Report of the Indian Hemp Drugs Commission, 1894-1895 - Volume IV
Year: 1894
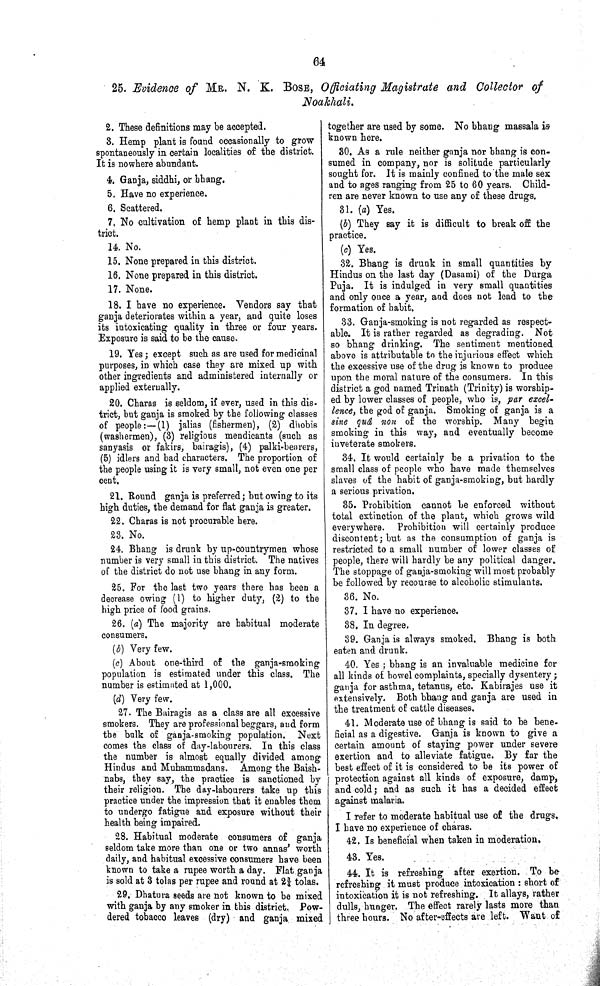
64
25. Evidence of MR. N. K. BOSE, Officiating Magistrate and Collector of
Noakhali.
2. These definitions may be accepted.
3. Hemp plant is found occasionally to grow
spontaneously in certain localities of the district.
It is nowhere abundant.
4. Ganja, siddhi, or bhang.
5. Have no experience.
6. Scattered.
7. No cultivation of hemp plant in this dis-
trict.
14. No.
15. None prepared in this district.
16. None prepared in this district.
17. None.
18. I have no experience. Vendors say that
ganja deteriorates within a year, and quite loses
its intoxicating quality in three or four years.
Exposure is said to be the cause.
19. Yes; except such as are used for medicinal
purposes, in which case they are mixed up with
other ingredients and administered internally or
applied externally.
20. Charas is seldom, if ever, used in this dis-
trict, but ganja is smoked by the following classes
of people:—(1) jalias (fishermen), (2) dhobis
(washermen), (3) religious mendicants (such as
sanyasis or fakirs, bairagis), (4) palki-bearers,
(5) idlers and bad characters. The proportion of
the people using it is very small, not even one per
cent.
21. Round ganja is preferred; but owing to its
high duties, the demand for flat ganja is greater.
22. Charas is not procurable here.
23. No.
24. Bhang is drunk by up-countrymen whose
number is very small in this district. The natives
of the district do not use bhang in any form.
25. For the last two years there has been a
decrease owing (1) to higher duty, (2) to the
high price of food grains.
26. (a) The majority are habitual moderate
consumers.
(b) Very few.
(c) About one-third of the ganja-smoking
population is estimated under this class. The
number is estimated at 1,000.
(d) Very few.
27. The Bairagis as a class are all excessive
smokers. They are professional beggars, and form
the bulk of ganja-smoking population. Next
comes the class of day-labourers. In this class
the number is almost equally divided among
Hindus and Muhammadans. Among the Baish-
nabs, they say, the practice is sanctioned by
their religion. The day-labourers take up this
practice under the impression that it enables them
to undergo fatigue and exposure without their
health being impaired.
28. Habitual moderate consumers of ganja
seldom take more than one or two annas' worth
daily, and habitual excessive consumers have been
known to take a rupee worth a day. Flat ganja
is sold at 3 tolas per rupee and round at 23/4 tolas.
29. Dhatura seeds are not known to be mixed
with ganja by any smoker in this district. Pow-
dered tobacco leaves (dry) and ganja mixed
together are used by some. No bhang massala is
known here.
30. As a rule neither ganja nor bhang is con-
sumed in company, nor is solitude particularly
sought for. It is mainly confined to the male sex
and to ages ranging from 25 to 60 years. Child-
ren are never known to use any of these drugs.
31. (a) Yes.
(b) They say it is difficult to break off the
practice.
(c) Yes.
32. Bhang is drunk in small quantities by
Hindus on the last day (Dasami) of the Durga
Puja. It is indulged in very small quantities
and only once a year, and does not lead to the
formation of habit.
33. Ganja-smoking is not regarded as respect-
able. It is rather regarded as degrading. Not
so bhang drinking. The sentiment mentioned
above is attributable to the injurious effect which
the excessive use of the drug is known to produce
upon the moral nature of the consumers. In this
district a god named Trinath (Trinity) is worship-
ed by lower classes of people, who is, par excel-
lence, the god of ganja. Smoking of ganja is a
sine quâ non of the worship. Many begin
smoking in this way, and eventually become
inveterate smokers.
34. It would certainly be a privation to the
small class of people who have made themselves
slaves of the habit of ganja-smoking, but hardly
a serious privation.
35. Prohibition cannot be enforced without
total extinction of the plant, which grows wild
everywhere. Prohibition will certainly produce
discontent; but as the consumption of ganja is
restricted to a small number of lower classes of
people, there will hardly be any political danger.
The stoppage of ganja-smoking will most probably
be followed by recourse to alcoholic stimulants.
36. No.
37. I have no experience.
38. In degree.
39. Ganja is always smoked. Bhang is both
eaten and drunk.
40. Yes; bhang is an invaluable medicine for
all kinds of bowel complaints, specially dysentery;
ganja for asthma, tetanus, etc. Kabirajes use it
extensively. Both bhang and ganja are used in
the treatment of cattle diseases.
41. Moderate use of bhang is said to be bene-
ficial as a digestive. Ganja is known to give a
certain amount of staying power under severe
exertion and to alleviate fatigue. By far the
best effect of it is considered to be its power of
protection against all kinds of exposure, damp,
and cold; and as such it has a decided effect
against malaria.
I refer to moderate habitual use of the drugs.
I have no experience of charas.
42. Is beneficial when taken in moderation.
43. Yes.
44. It is refreshing after exertion. To be
refreshing it must produce intoxication: short of
intoxication it is not refreshing. It allays, rather
dulls, hunger. The effect rarely lasts more than
three hours. No after-effects are left. Want of